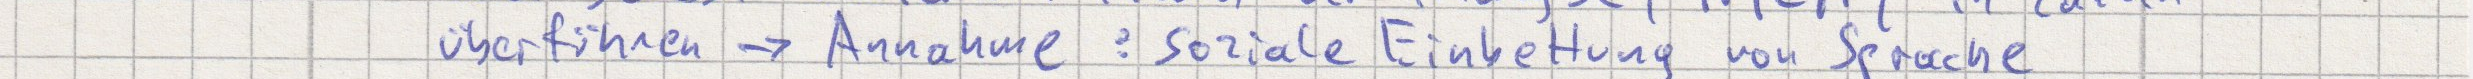
überführen -> Annahme : soziale Einbettung von Sprache